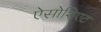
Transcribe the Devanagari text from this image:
ऐसोशिएट